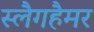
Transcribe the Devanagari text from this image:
स्लैगहैमर